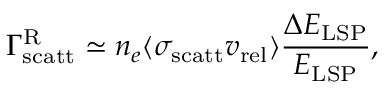
\Gamma _ { \mathrm { s c a t t } } ^ { \mathrm { R } } \simeq n _ { e } \langle \sigma _ { \mathrm { s c a t t } } v _ { \mathrm { r e l } } \rangle \frac { \Delta E _ { \mathrm { L S P } } } { E _ { \mathrm { L S P } } } ,